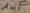
Text: 1µF